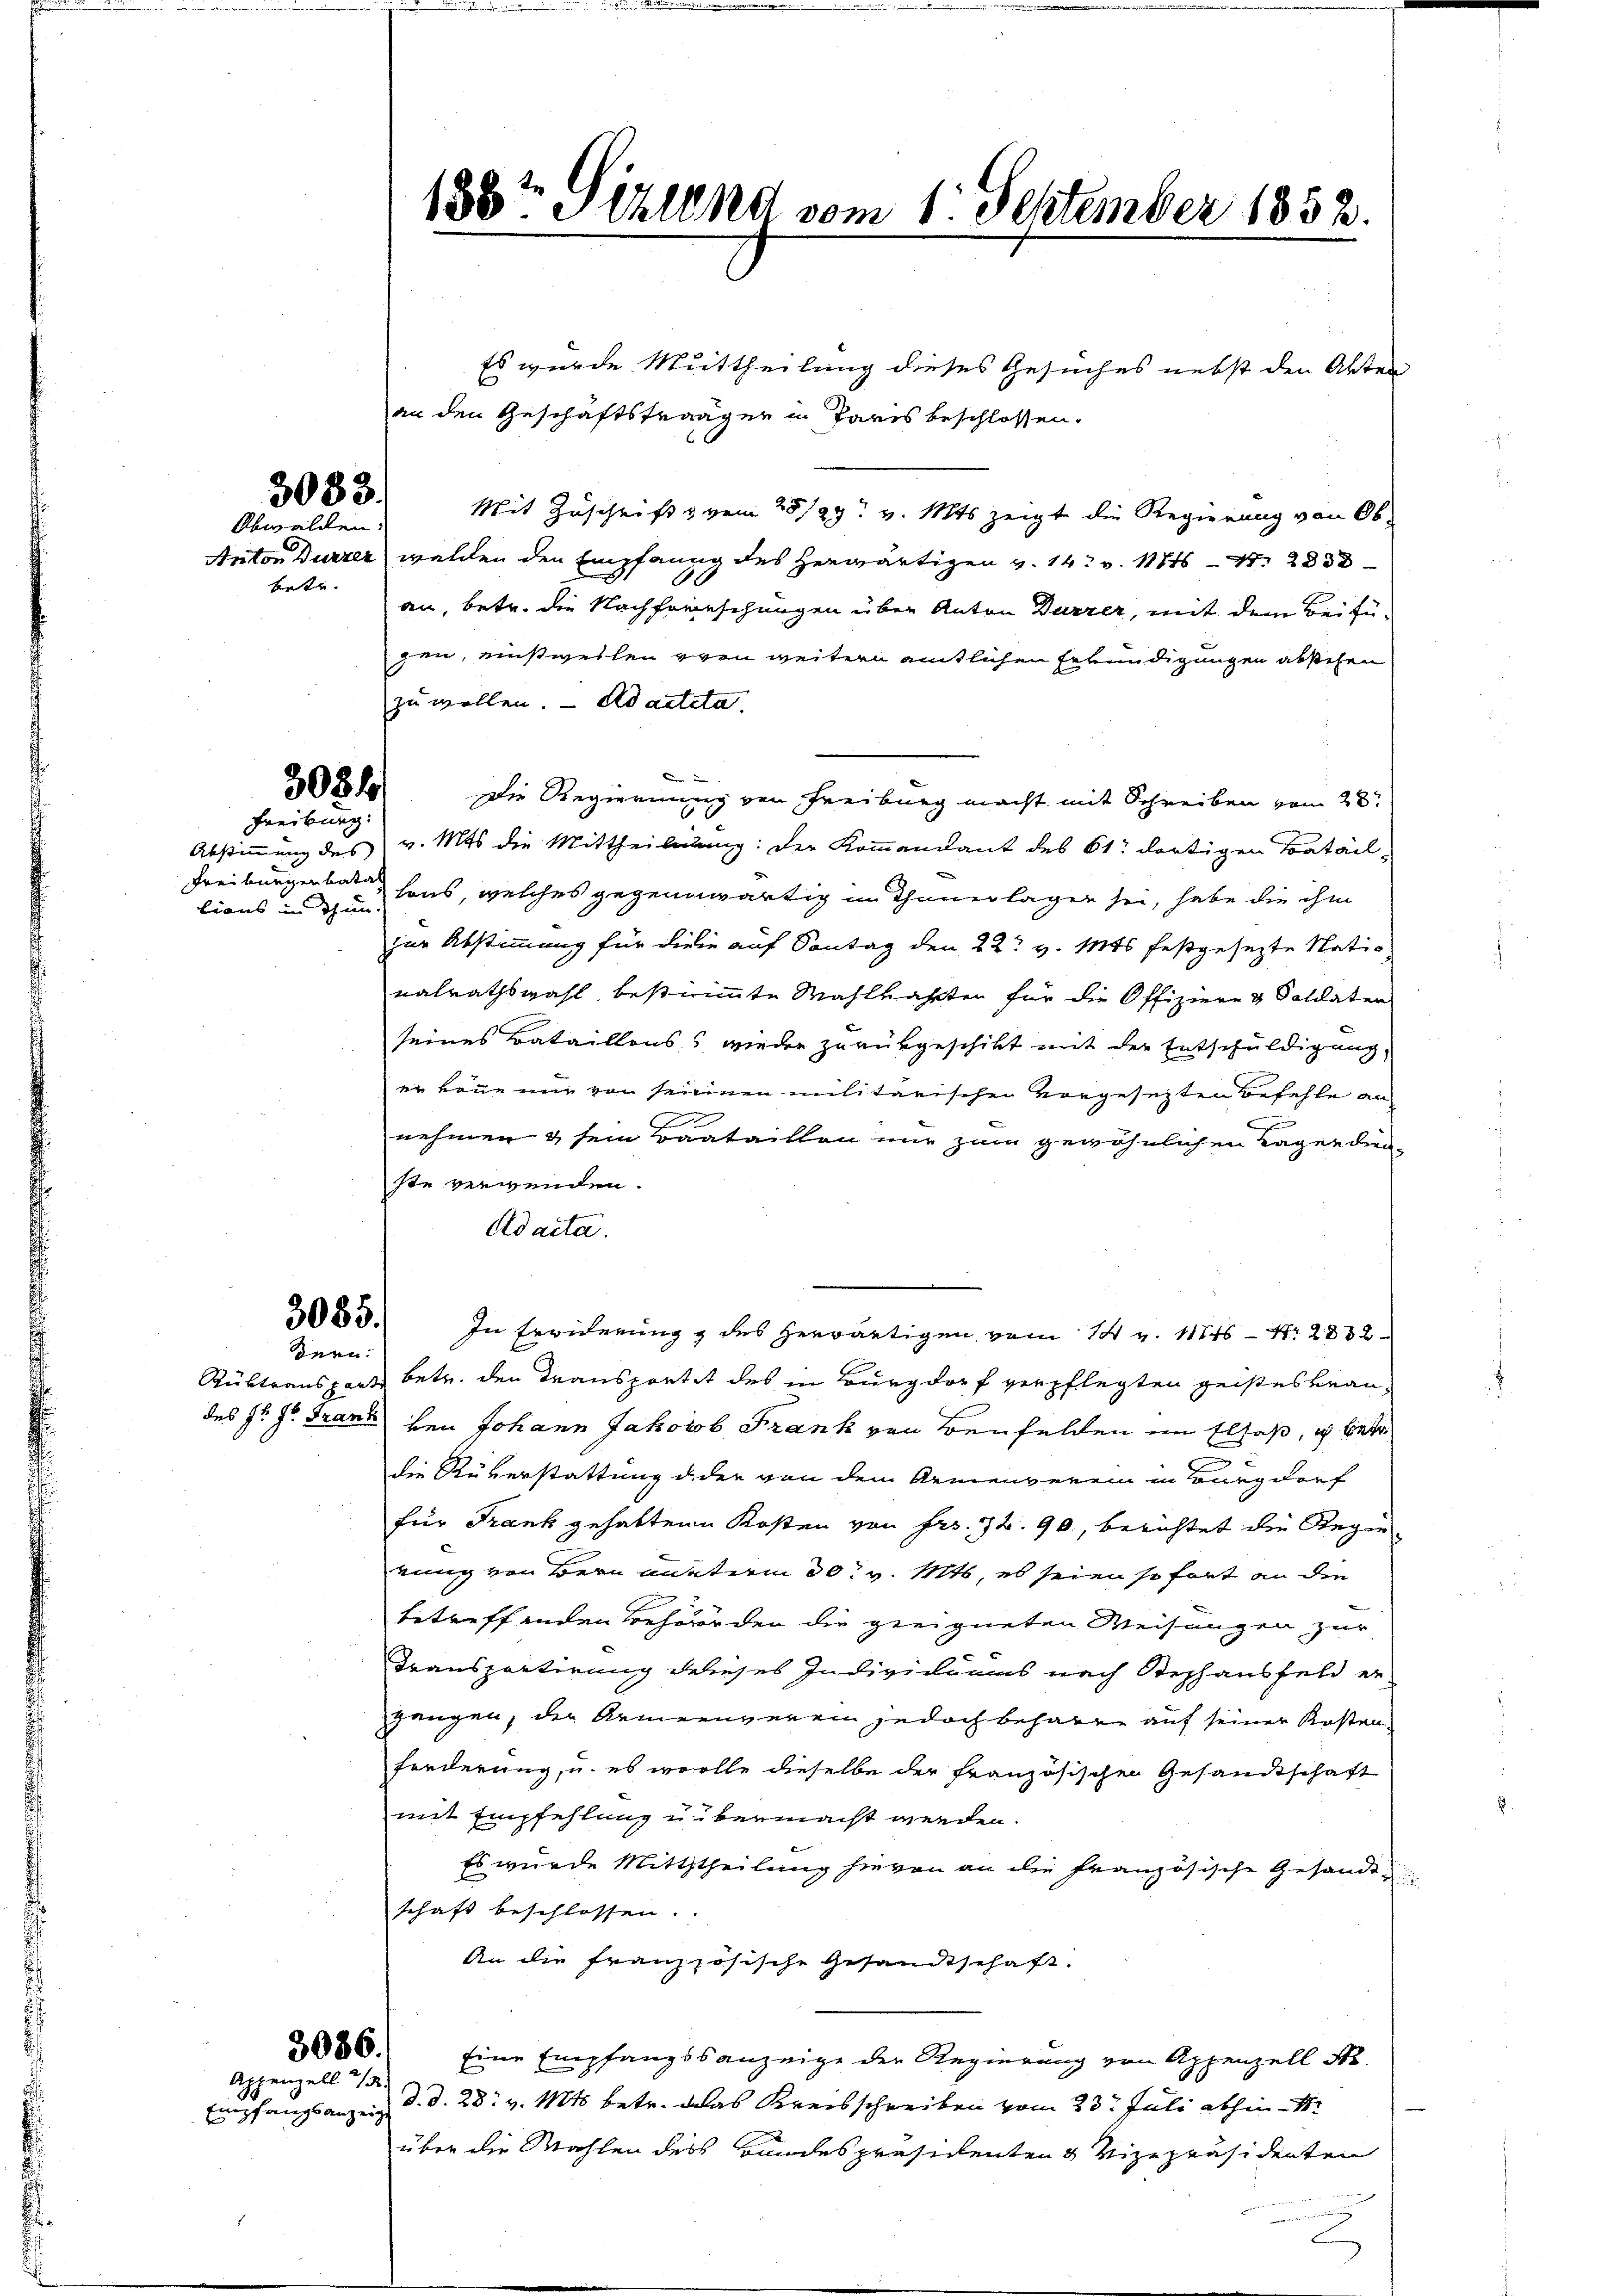
betr.

3083.
Obwalden:

3084
Freiburg:

tians in Thun.

3085.

dern:

3086.
Appenzell 2/3
Empfangsanzeigt

Es wurde Mittheilung dieses Gesuches nebst den Akten
an den Geschäftsträger in Paris beschlossen.
Mit Zuschrift & vom 28/29. v. Mts zeigt die Regierung von Ob-
Anton Dürzer walden den Empfang des herwärtigen v. 14. v. 1876 S. 283
an, betr. die Nachforschungen über Anton Dürzer, mit dem Beifügen, einstweilen von weitern amtlichen Erkundigungen absehen
zu wollen. - Adactita

Die Regierung von Freiburg macht mit Schreiben vom 28.
Abstimmung des v. Mts die Mittheilung: der Kommandant des 61 dortigen Batail
Freiburgerbare sons, welches gegenwärtig in Thauerlagen sei, habe die ihm
zur Abstimmung für diese auf Sontag den 22t v. Mts festgesezte Nationalrathswahl bestimmte Wahlkahrten für die Offiziere & Soldaten
seines Bataillons, wieder zurükgeschikt mit der Entschuldigung,
er könne mir von seinen militarischen vorgesezten Befehle an
e
c
nehmen & sein raataillon nur zum gewöhnlichen Tagen dienste verwenden.
Ad acta.
In Erwiderung & des herwärtigen vom 14 v. 11546 - 12832
Rüktransport betr. den Transportet des in Burgdorf verpflegten geistes krandes Hr. Hr. Franz den Johann Jakob Frank von Benfelden im Elsaß, ich betr
die Rükerstattung d der von dem Armenverein in Burgdorf
für Frank gehabten Kosten von Fr. 72. 90, berichtet die Regie
rung von Bern unterm 30. v. Mts, es seien sofort an die
betreffenden Behörden die geeigneten Weisungen zur
Transportirung dieses Individuums nach Stephansfeld er-
gangen, der Armeenverein jedoch beharen auf seiner Kosten
forderung, u. es wolle dieselbe der französischen Gesandtschaft
mit Empfehlung u. vermacht werden.
Es wurde Mitththeilung hievon an die französische Gesandt
schaft beschlossen.
An die Französische Gesandtschaft.
Eine Empfangsanzeige der Regierung von Appenzell Nr.
d. d. 28. v. 184 betr. das Kreisschreiben vom 23. Juli abhin 1
über die Wahlen des Bandespräsidenten & Vizepräsidenten

188te Schland vom 1. September 1852.